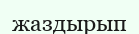
жаздырып